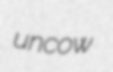
uncow